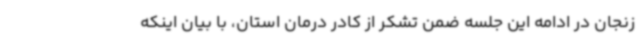
زنجان در ادامه این جلسه ضمن تشکر از کادر درمان استان، با بیان اینکه